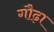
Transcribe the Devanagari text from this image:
गौढ़ा